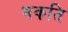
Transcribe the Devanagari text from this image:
भकति